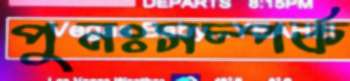
পুনঃসম্পর্ক